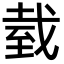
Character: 臷